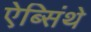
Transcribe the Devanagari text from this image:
ऐब्सिंथे